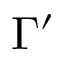
\Gamma ^ { \prime }